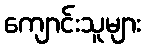
ကျောင်းသူများ